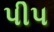
પીપ